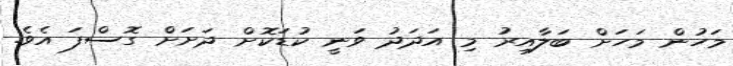
މަހުން މަހަށް ބަލާއިރު މި އަދަދު ވަނީ ކުޑަކޮށް ދަށަށް ގޮސްފަ އެވެ.